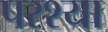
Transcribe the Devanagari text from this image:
परश्‍या